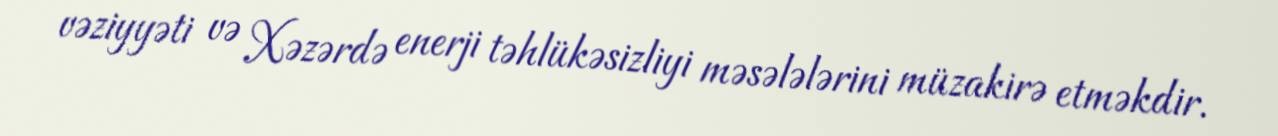
vəziyyəti və Xəzərdə enerji təhlükəsizliyi məsələlərini müzakirə etməkdir.